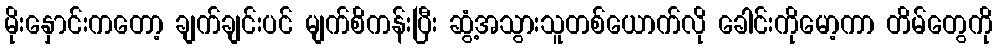
မိုးနှောင်းကတော့ ချက်ချင်းပင် မျက်စိကန်းပြီး ဆွံ့အသွားသူတစ်ယောက်လို ခေါင်းကိုမော့ကာ တိမ်တွေကို